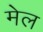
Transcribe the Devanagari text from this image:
मेल